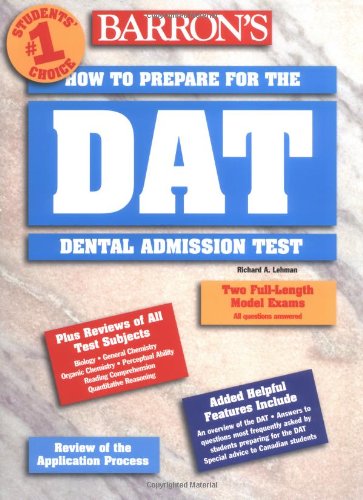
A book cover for How to Prepare for the Dental Admissions Test (Barron's DAT: Dental Admissions Test); Richard A. Lehman; Test Preparation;